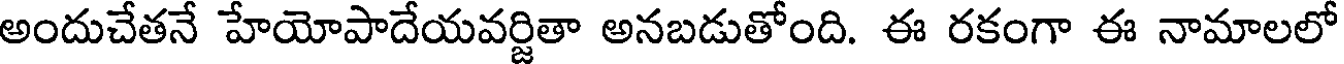
అందుచేతనే హేయోపాదేయవర్జితా అనబడుతోంది. ఈ రకంగా ఈ నామాలలో